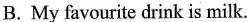
B. My favourite drink is milk.